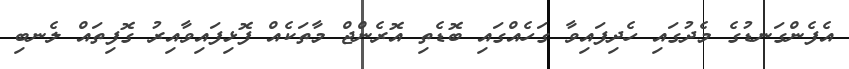
އެފެންގަނޑުގެ މެދުގައި ހެދިފައިވާ ގަހެއްގައި ބޮޑެތި އޮރެންޖް މާތަކެއް ފޮޅިފައިވާއިރު ގޮފިތައް ލެނބި